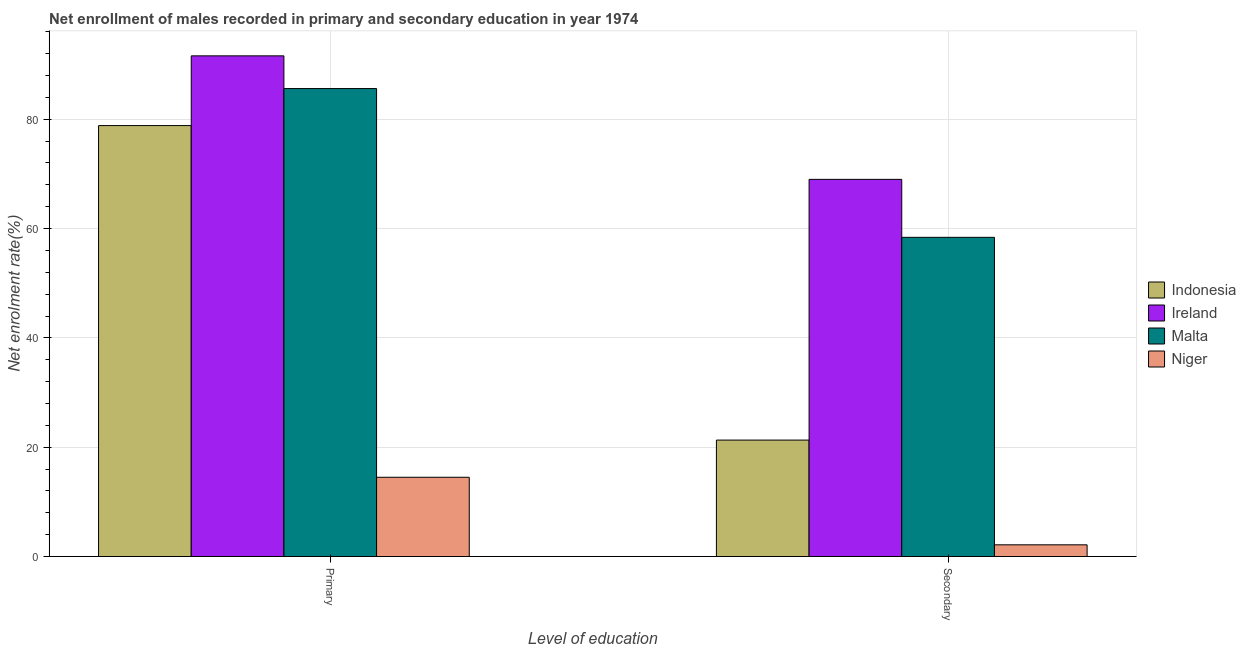
| Level of education | Indonesia | Ireland | Malta | Niger |
 | --- | --- | --- | --- | --- |
 | Primary | 78.8 | 91.6 | 85.6 | 14.5 |
 | Secondary | 21.3 | 69 | 58.4 | 2.14 |